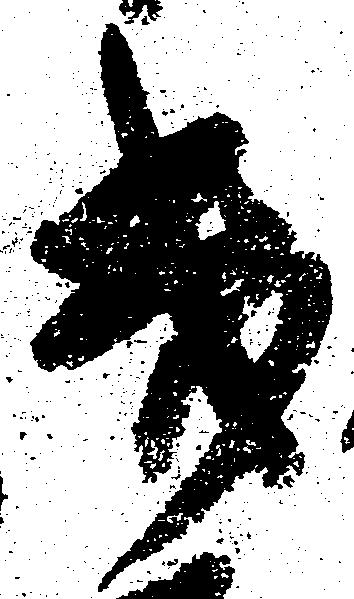
幾